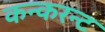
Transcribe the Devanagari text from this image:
कन्करन्ट